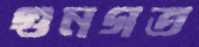
গুনগত